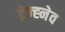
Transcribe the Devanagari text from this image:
ब्रेज्ह्नेव